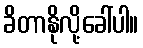
ခိတာနိုလို့ခေါ်ပါ။